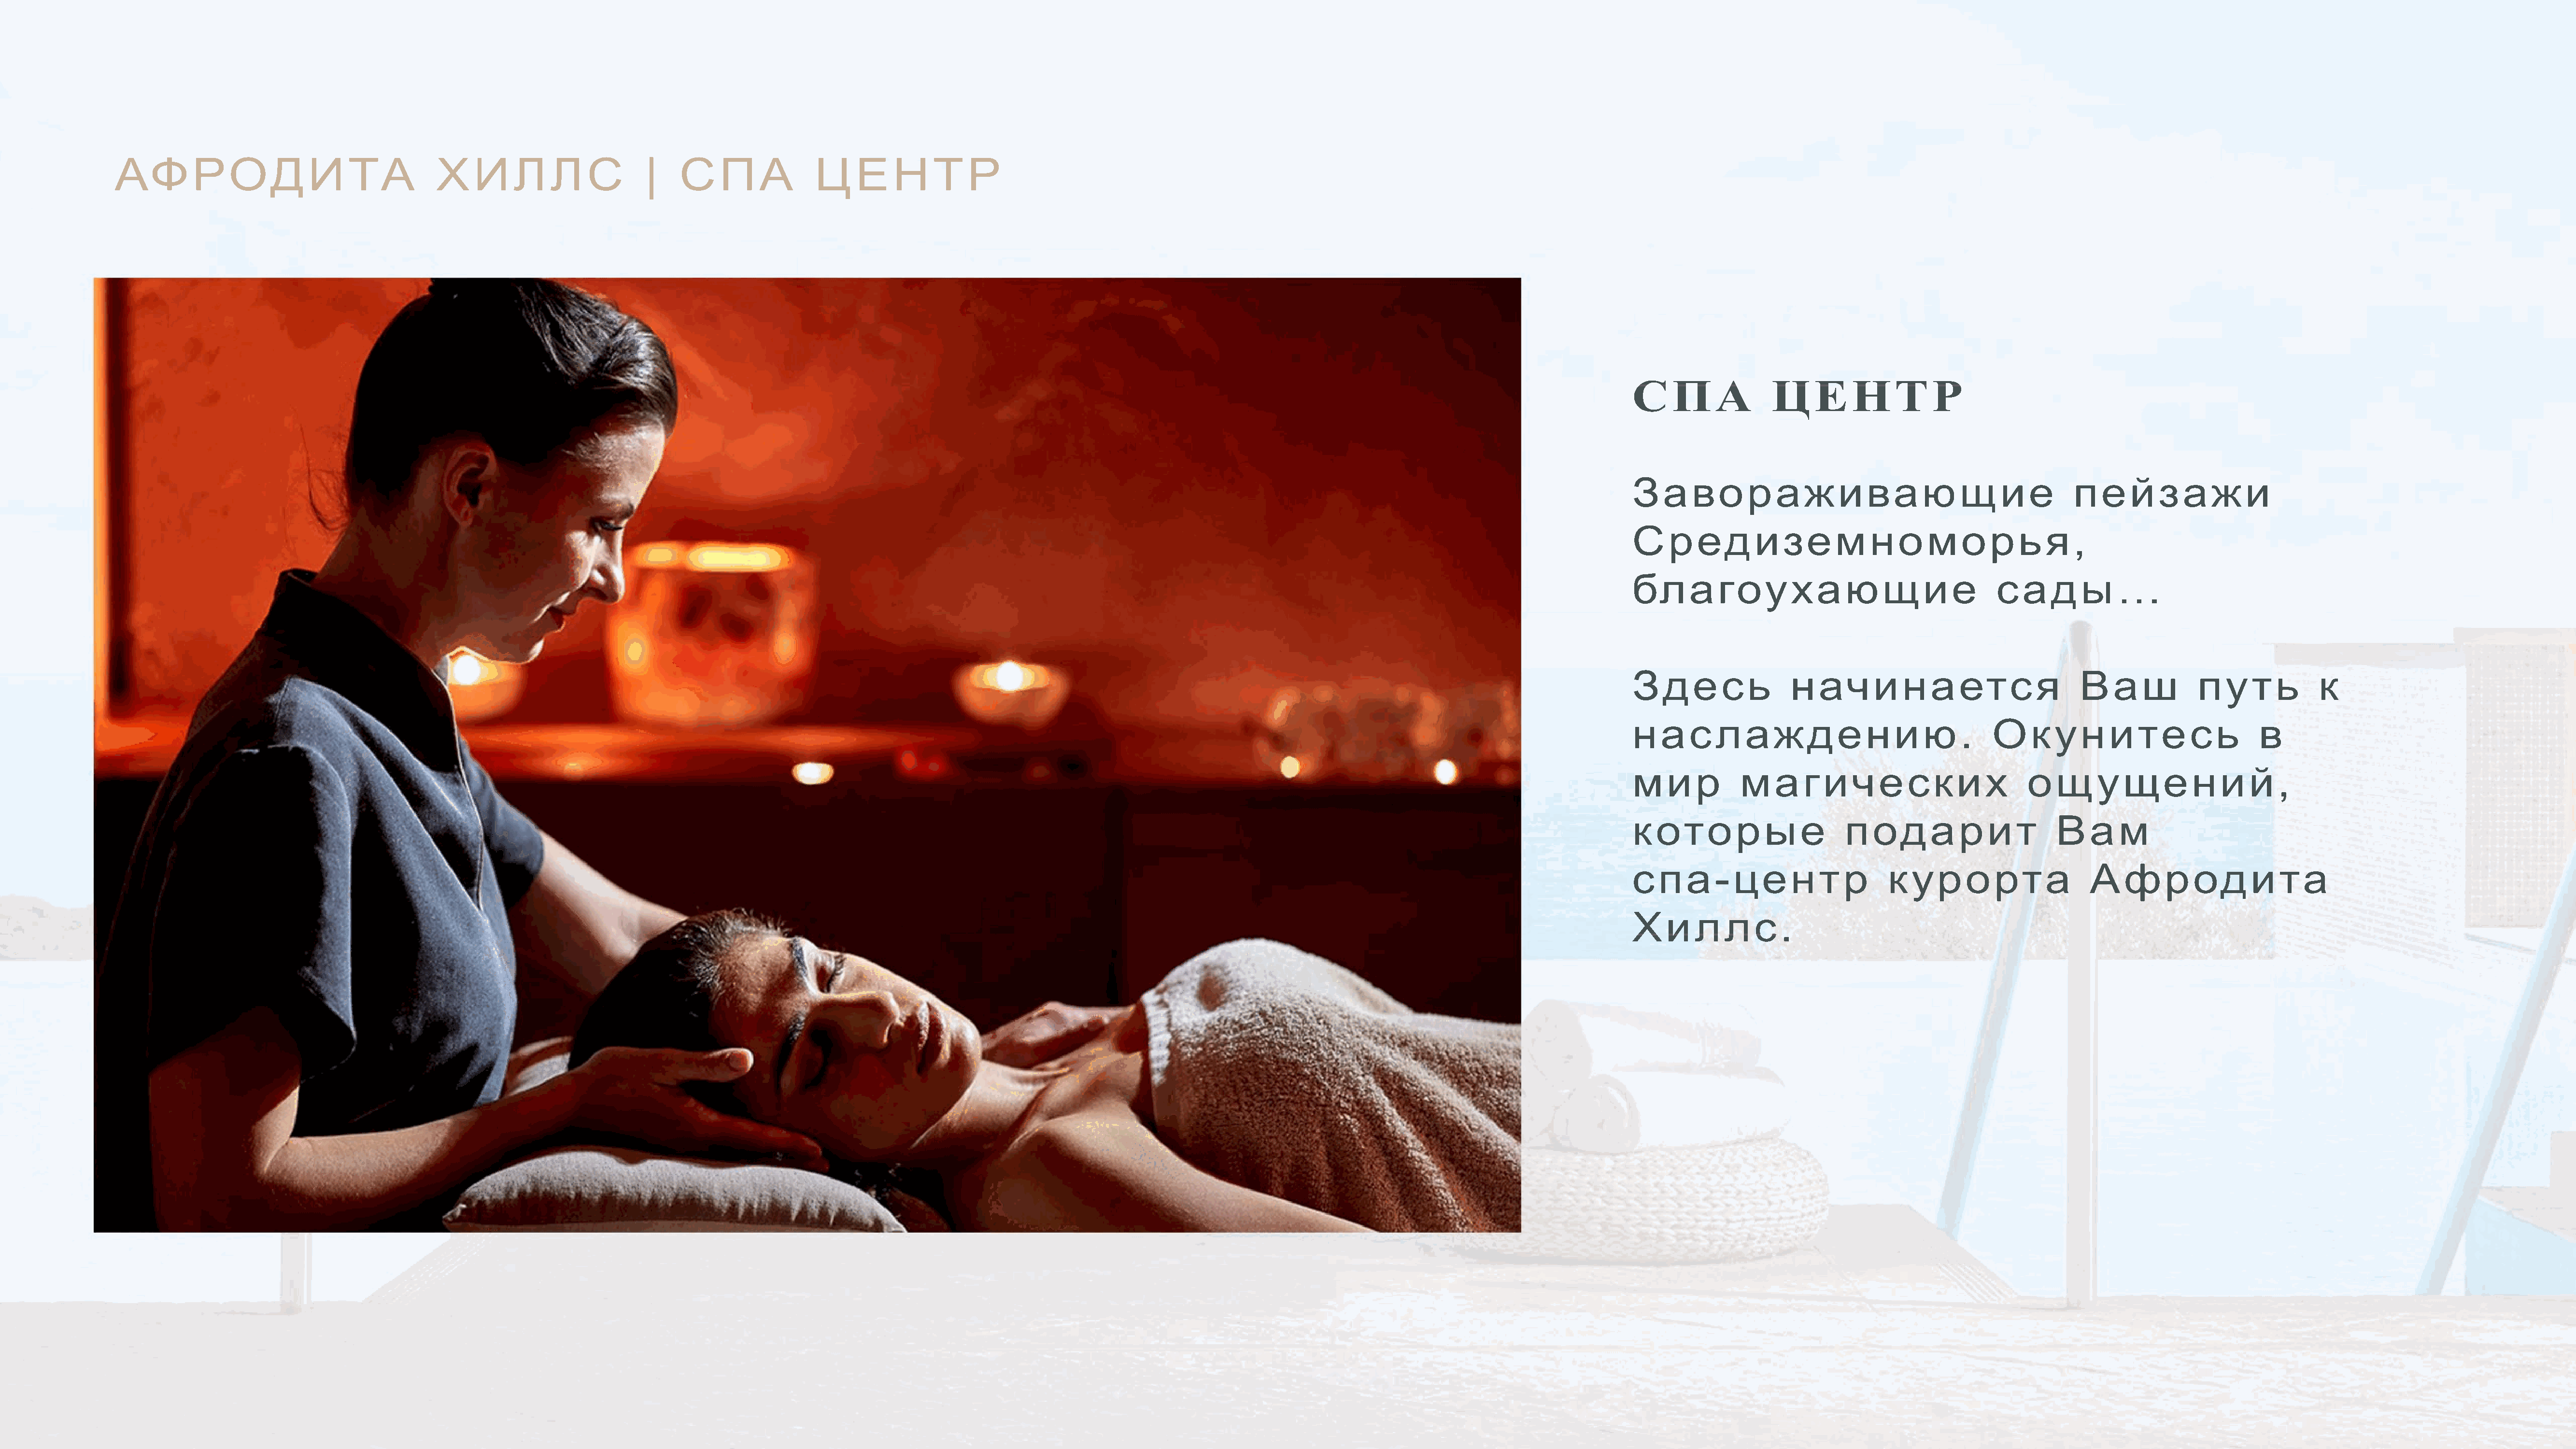
АФРОДИТА                                    ХИЛЛС                       |    СПА                ЦЕНТР
 СПА                ЦЕНТР
 Завораживающие                                              пейзажи
 Средиземноморья,
 благоухающие                                      сады…
 ЗЗддеессьь           нначинается                             Ваш             путь             к
 наслаждению.                                     Окунитесь                            в
 мир           магических                              ощущений,
 которые                      подарит                      Вам
 спа-центр                          курорта                    Афродита
 Хиллс.